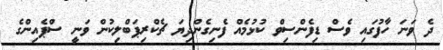
ދެ ވަނަ ހާފުގައި ވެސް ޑިފެންސިވް ކުޅުމެއް ފެނިގެންދިޔަ ޗެކްރިޕަބްލިކުން ވަނީ ސްޕެއިންގެ